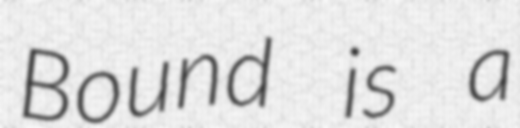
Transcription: Bound is a